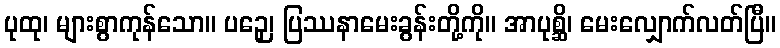
ပုထု၊ များစွာကုန်သော။ ပဉှေ၊ ပြဿနာမေးခွန်းတို့ကို။ အာပုစ္ဆိ၊ မေးလျှောက်လတ်ပြီ။